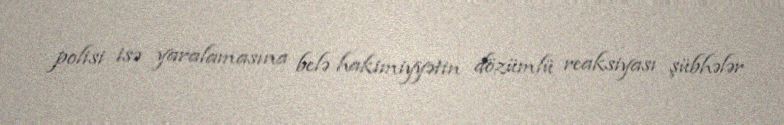
polisi isə yaralamasına belə hakimiyyətin dözümlü reaksiyası şübhələr